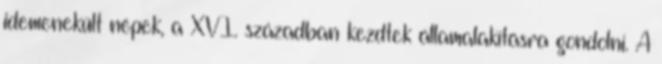
idemenekült népek, a XVI. században kezdtek államalakításra gondolni. A